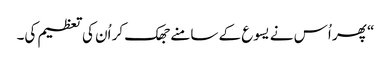
‏“‏ پھر اُس نے یسوع کے سامنے جھک کر اُن کی تعظیم کی۔